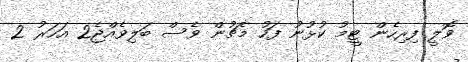
ވޮލީ ފިރިހެން ޓީމު ކުޅުނު ފަހު މެޗުން ވެސް ބަލިވެއްޖެ2 އަހަރު 2